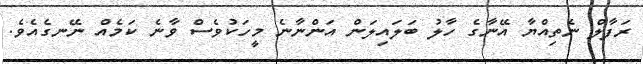
ރަފާލް ނެތިއްޔާ އޭނާގެ ހާލު ބަލައިލަން އަންނާނެ މީހަކުވެސް ވާނެ ކަމެއް ނޭނގެއެވެ.